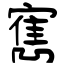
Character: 寯